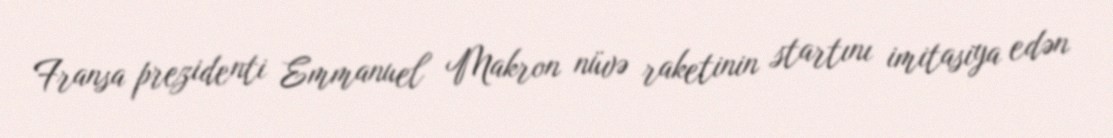
Fransa prezidenti Emmanuel Makron nüvə raketinin startını imitasiya edən